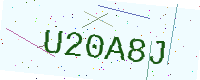
Text: U20A8J